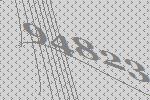
94823